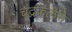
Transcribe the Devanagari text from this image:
चंद्रकलेने